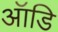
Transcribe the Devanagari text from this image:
ऑडि